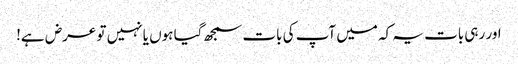
اور رہی بات یہ کہ میں آپ کی بات سمجھ گیا ہوں یا نہیں تو عرض ہے!